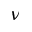
\nu